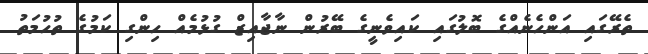
ތެރޭގައި އަންހެނެއްގެ ބޮލުގައި ކައިވެނީގެ ބޭރުން ނާޖާއިޒް ގުޅުމެއް ހިންގި ކަމުގެ ތުހުމަތު